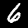
Label: 6